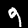
Label: 9